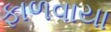
ફાળવાયા